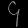
Digit: ၄